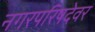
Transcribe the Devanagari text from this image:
नगरपरिषदेवर